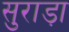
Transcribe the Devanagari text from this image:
सुराड़ा